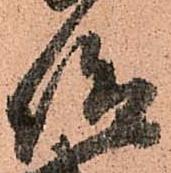
仰